Civil Veterinary Dept. Bombay admin report 1923-31 - 1923-1931
Year: 1923
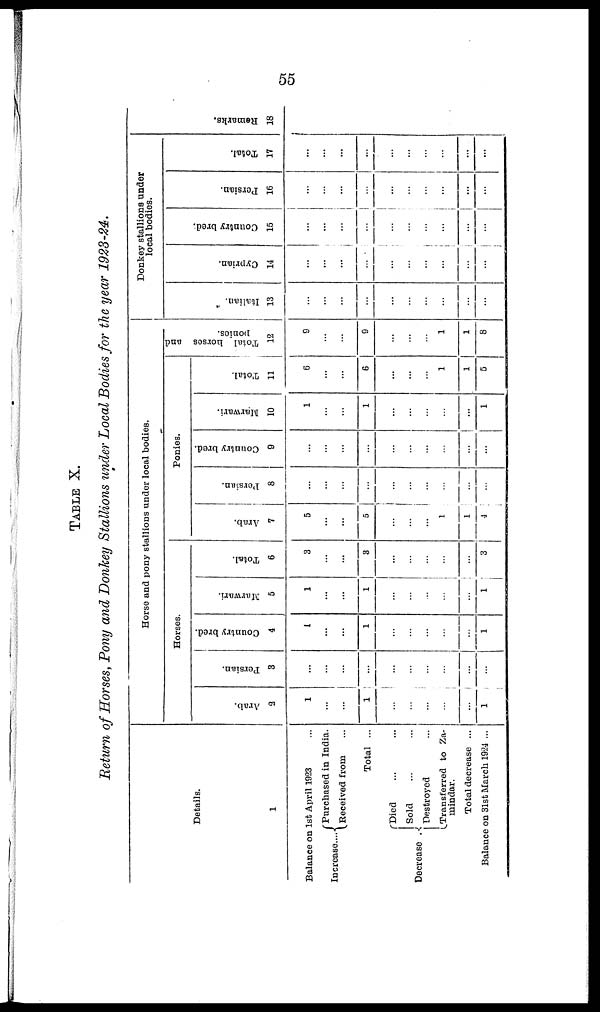
55
TABLE X.
Return of Horses, Pony and Donkey Stallions under Local Bodies for the year 1923-24.
Details.
1
Balance on 1st April 1923 ...
Increase...
Purchased in India..
Received from ...
Total ...
Decrease
Died ... ...
Sold ... ...
Destroyed ...
Transferred to Za-
mindar.
Total decrease ...
Balance on 31st March 1924 ...
Horse and pony stallions under local bodies.
Horses
Arab.
2
1
...
...
1
...
...
...
...
...
1
Persian.
3
...
...
...
...
...
...
...
...
...
...
Country bred.
4
1
...
...
1
...
...
...
...
...
1
Marwari.
5
1
...
...
1
...
...
...
...
...
1
Total.
6
3
...
...
3
...
...
...
...
...
3
Ponies.
Arab.
7
5
...
...
5
...
...
...
1
1
1
Persiun.
8
...
...
...
...
...
...
...
...
...
...
Country bred.
9
...
...
...
...
...
...
...
...
...
...
Marwari.
10
1
...
...
1
...
...
...
...
...
1
Total.
11
6
...
...
6
...
...
...
1
1
5
Total horses and
ponios.
12
9
...
...
9
...
...
...
1
1
8
Donkey stallions under
local bodies.
I t al i an.
13
...
...
...
...
...
...
...
...
...
...
Cypr i
an.
14
...
...
...
...
...
...
...
...
...
...
Count r
y br ed.
15
...
...
...
...
...
...
...
...
...
...
Per s i
an.
16
...
...
...
...
...
...
...
...
...
...
Tot al .
17
...
...
...
...
...
...
...
...
...
...
Remarks.
18